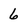
Character: 6